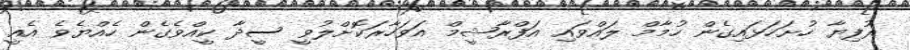
ރުފިޔާ ހުށަހަޅައިގެން ހުމާމް ލައްވައި އަފްރާޝީމް އަވަހާރަކޮށްލުވީ ސީދާ ކީއްވެގެން ހެއްޔެވެ އެއީ